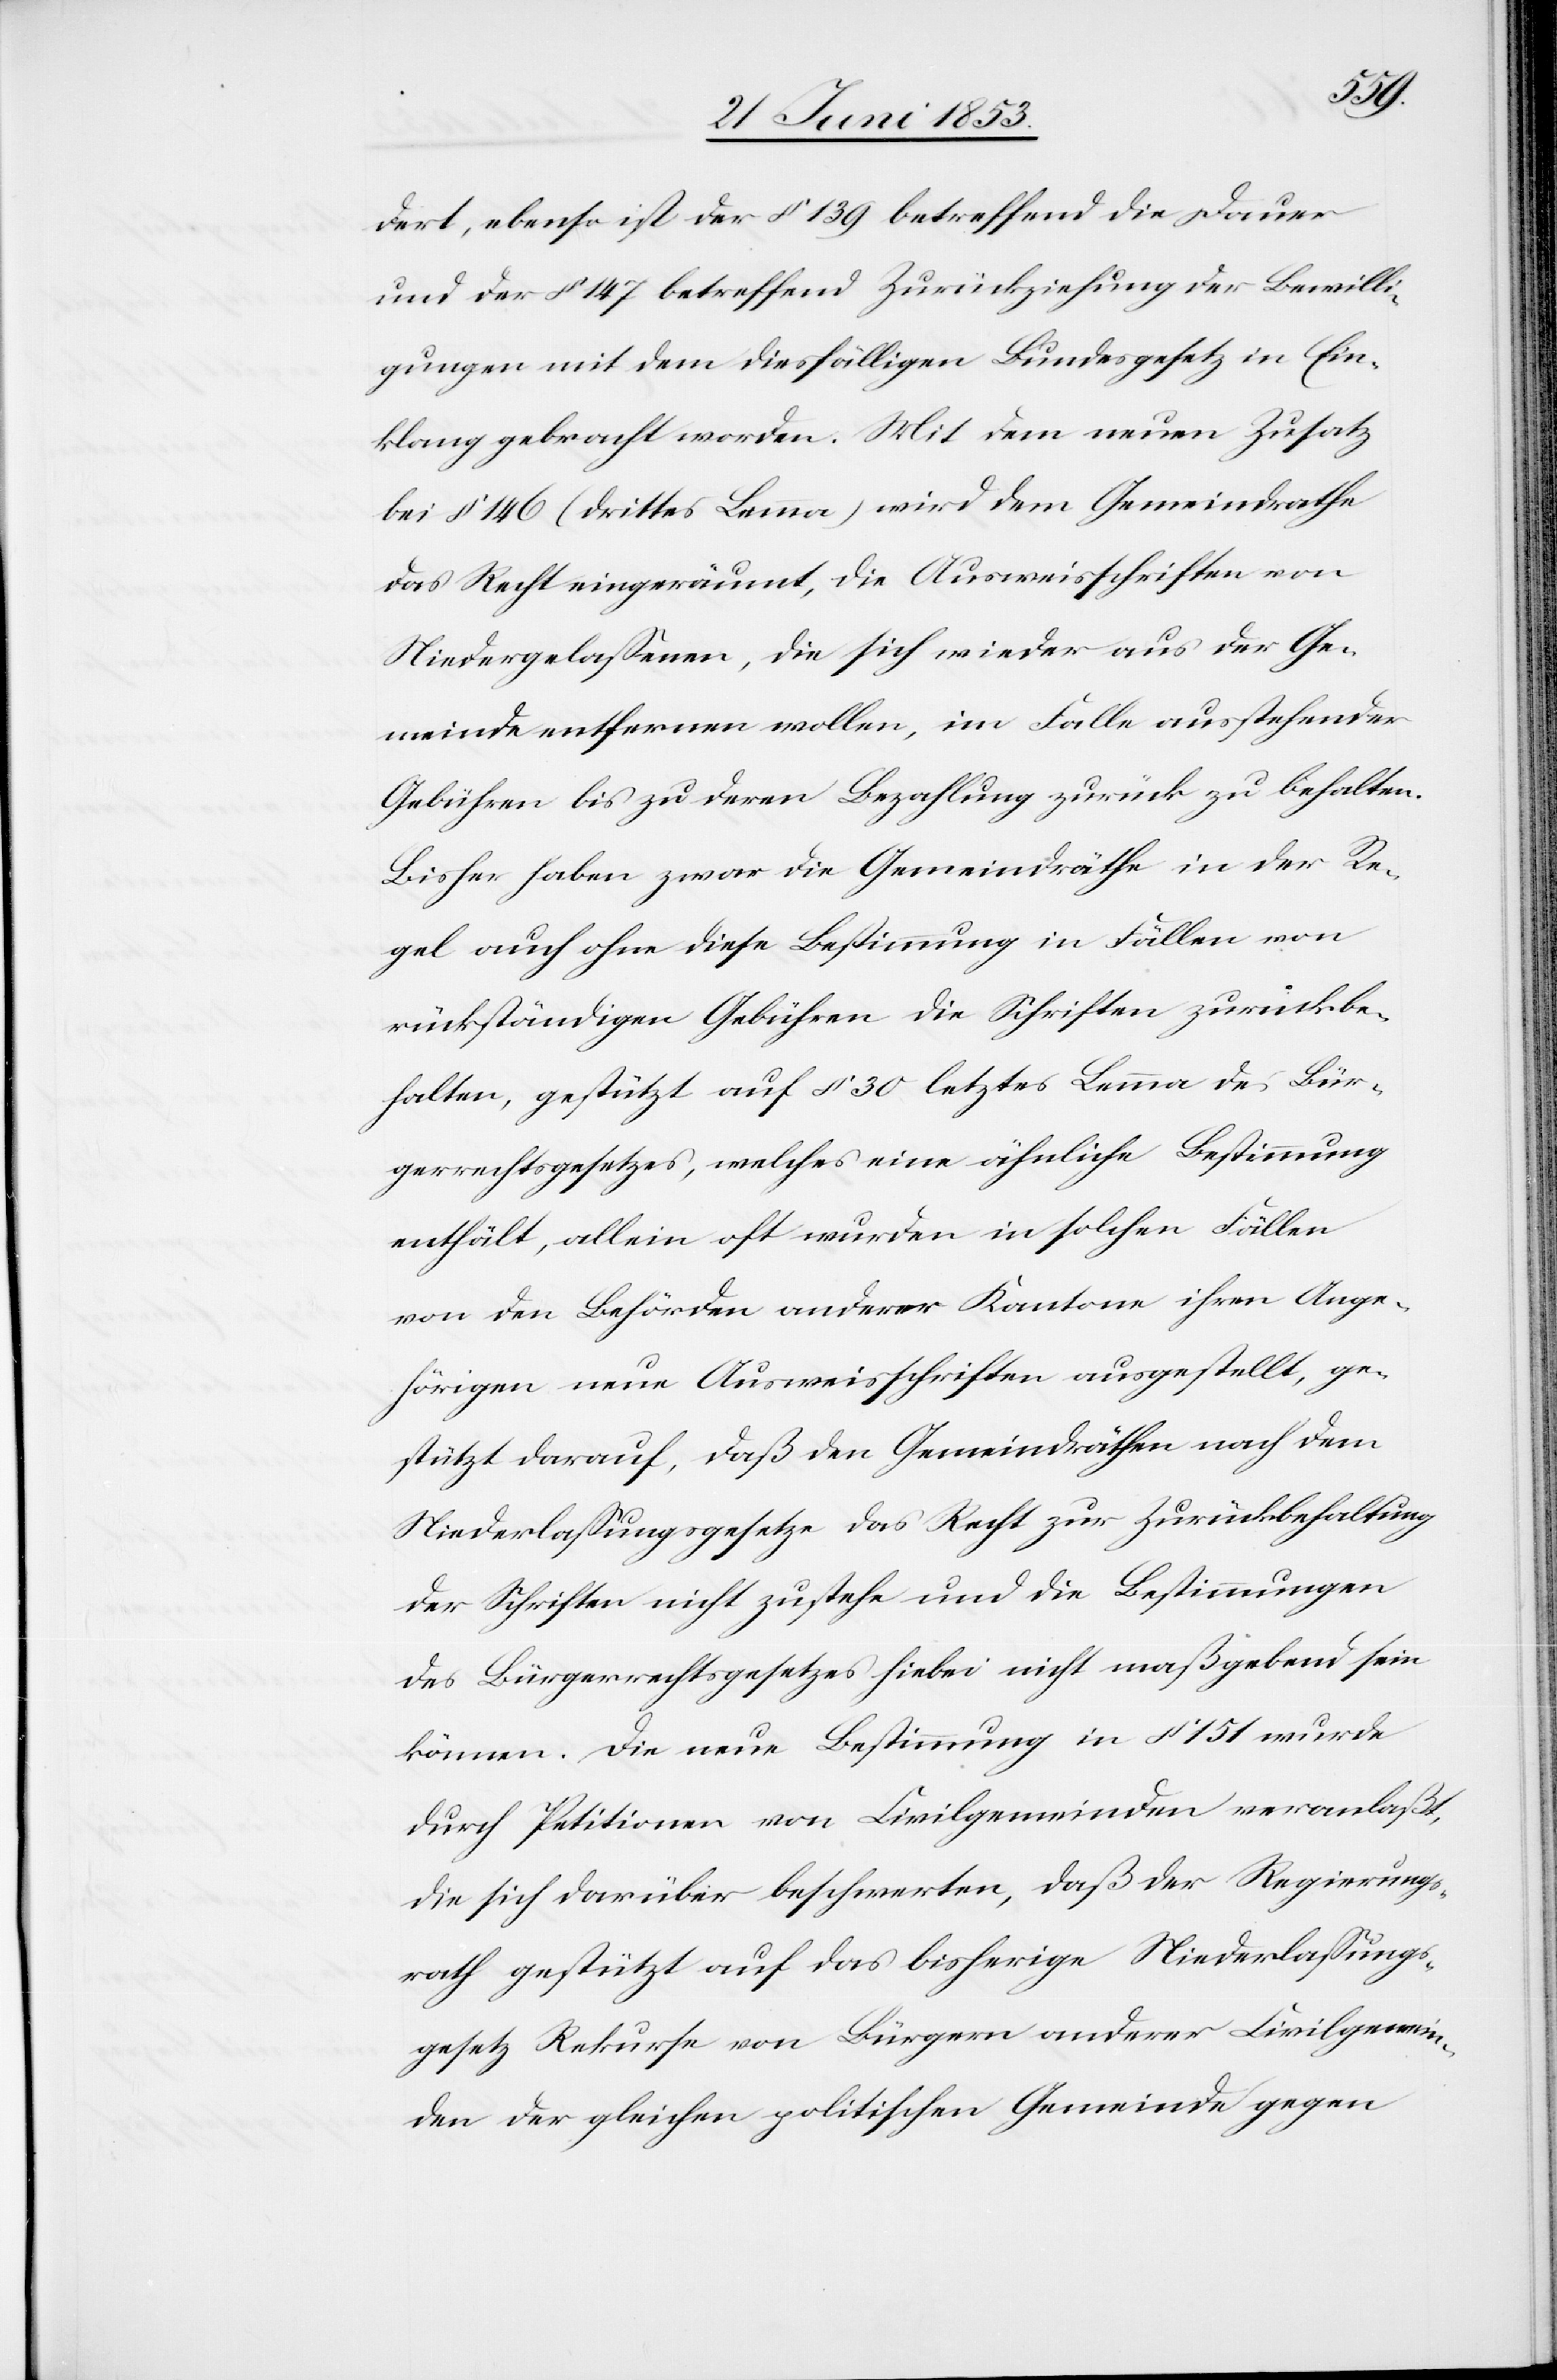
dert, ebenso ist der § 139 betreffend die Dauer
und der § 147 betreffend Zurückziehung der Bewilli¬
gungen mit dem diesfälligen Bundesgesetz in Ein¬
klang gebracht worden. Mit dem neuen Zusatz
bei § 146 (drittes Lemma) wird dem Gemeindrathe
das Recht eingeräumt, die Ausweisschriften von
Niedergelaßenen, die sich wieder aus der Ge¬
meinde entfernen wollen, im Falle ausstehender
Gebühren bis zu deren Bezahlung zurück zu behalten.
Bisher haben zwar die Gemeindräthe in der Re¬
gel auch ohne diese Bestimmung in Fällen von
rückständigen Gebühren die Schriften zurückbe¬
halten, gestützt auf § 30 letztes Lemma des Bür¬
gerrechtsgesetzes, welches eine ähnliche Bestimmung
enthält, allein oft wurden in solchen Fällen
von den Behörden anderer Kantone ihren Ange¬
hörigen neue Ausweisschriften ausgestellt, ge¬
stützt darauf, daß den Gemeindräthen nach dem
Niederlaßungsgesetze das Recht zur Zurückbehaltung
der Schriften nicht zustehe und die Bestimmungen
des Bürgerrechtsgesetzes hiebei nicht maßgebend sein
können. Die neue Bestimmung in § 151 wurde
durch Petitionen von Civilgemeinden veranlaßt,
die sich darüber beschwerten, daß der Regierungs¬
rath gestützt auf das bisherige Niederlaßungs¬
gesetz Rekurse von Bürgern anderer Civilgemein¬
den der gleichen politischen Gemeinde gegen